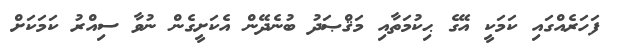
ފަހަރެއްގައި ކަމަކީ އޭގެ ޙިކުމަތާއި މަޤްޞަދު ބުނެދޭން އެކަށީގެން ނުވާ ސިއްރު ކަމަކަށް